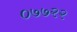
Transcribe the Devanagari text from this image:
०७७२२